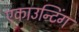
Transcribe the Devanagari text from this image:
एकाउन्टिंग